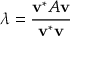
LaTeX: \lambda = { \frac { \mathbf { v } ^ { * } A \mathbf { v } } { \mathbf { v } ^ { * } \mathbf { v } } }